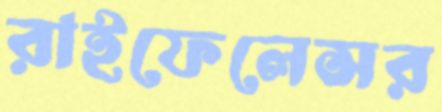
রাইফেলেসর